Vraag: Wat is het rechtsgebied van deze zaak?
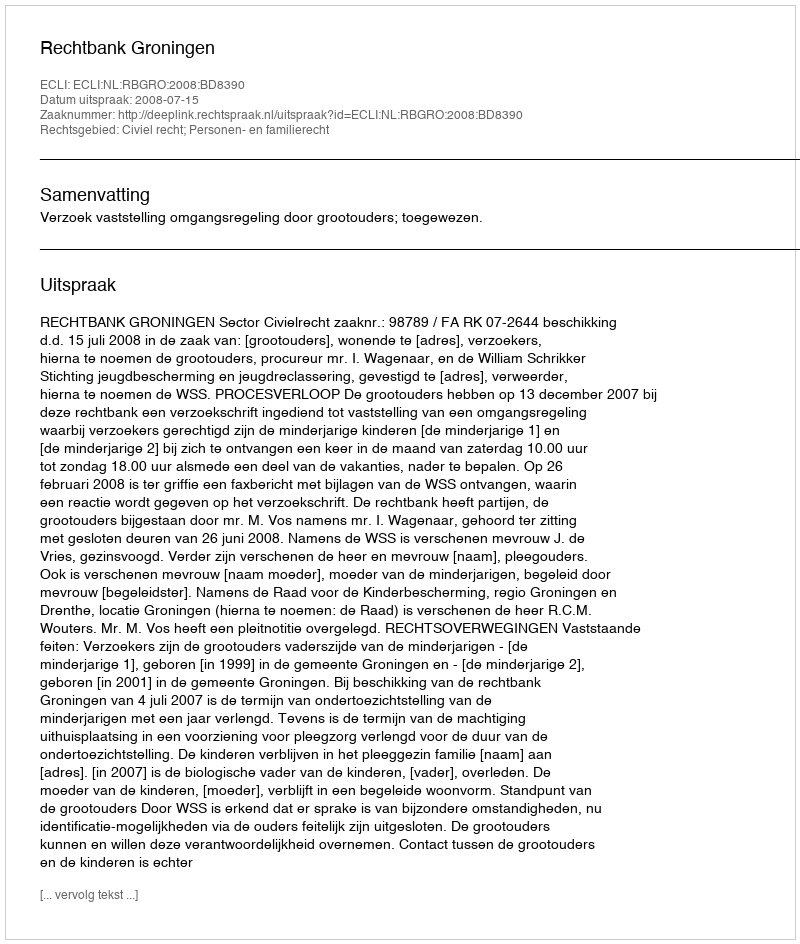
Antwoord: Civiel recht; Personen- en familierecht